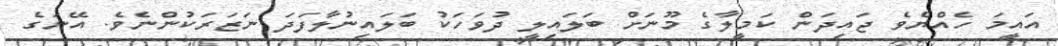
އައީމަ ހެއްޔެވެ ޖައިދަން ކަމީލާގެ މޫނަށް ބަލައިލީ ދުވަހަކު ބަލައިނުލާފަދަ ނަޒަރަކުންނެވެ. އޭނަގެ